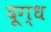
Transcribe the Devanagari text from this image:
दूग्ध